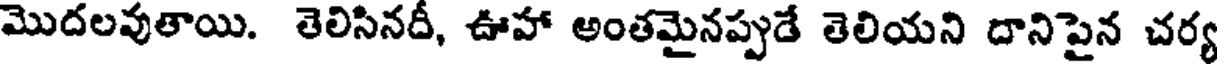
మొదలవుతాయి. తెలిసినదీ, ఊహా అంతమైనప్పుడే తెలియని దానిపైన చర్య